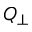
Q _ { \perp }